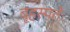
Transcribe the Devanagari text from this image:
बृहस्पतेः